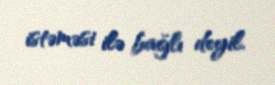
istəməsi ilə bağlı deyil.